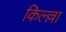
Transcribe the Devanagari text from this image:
किल्ल्ला